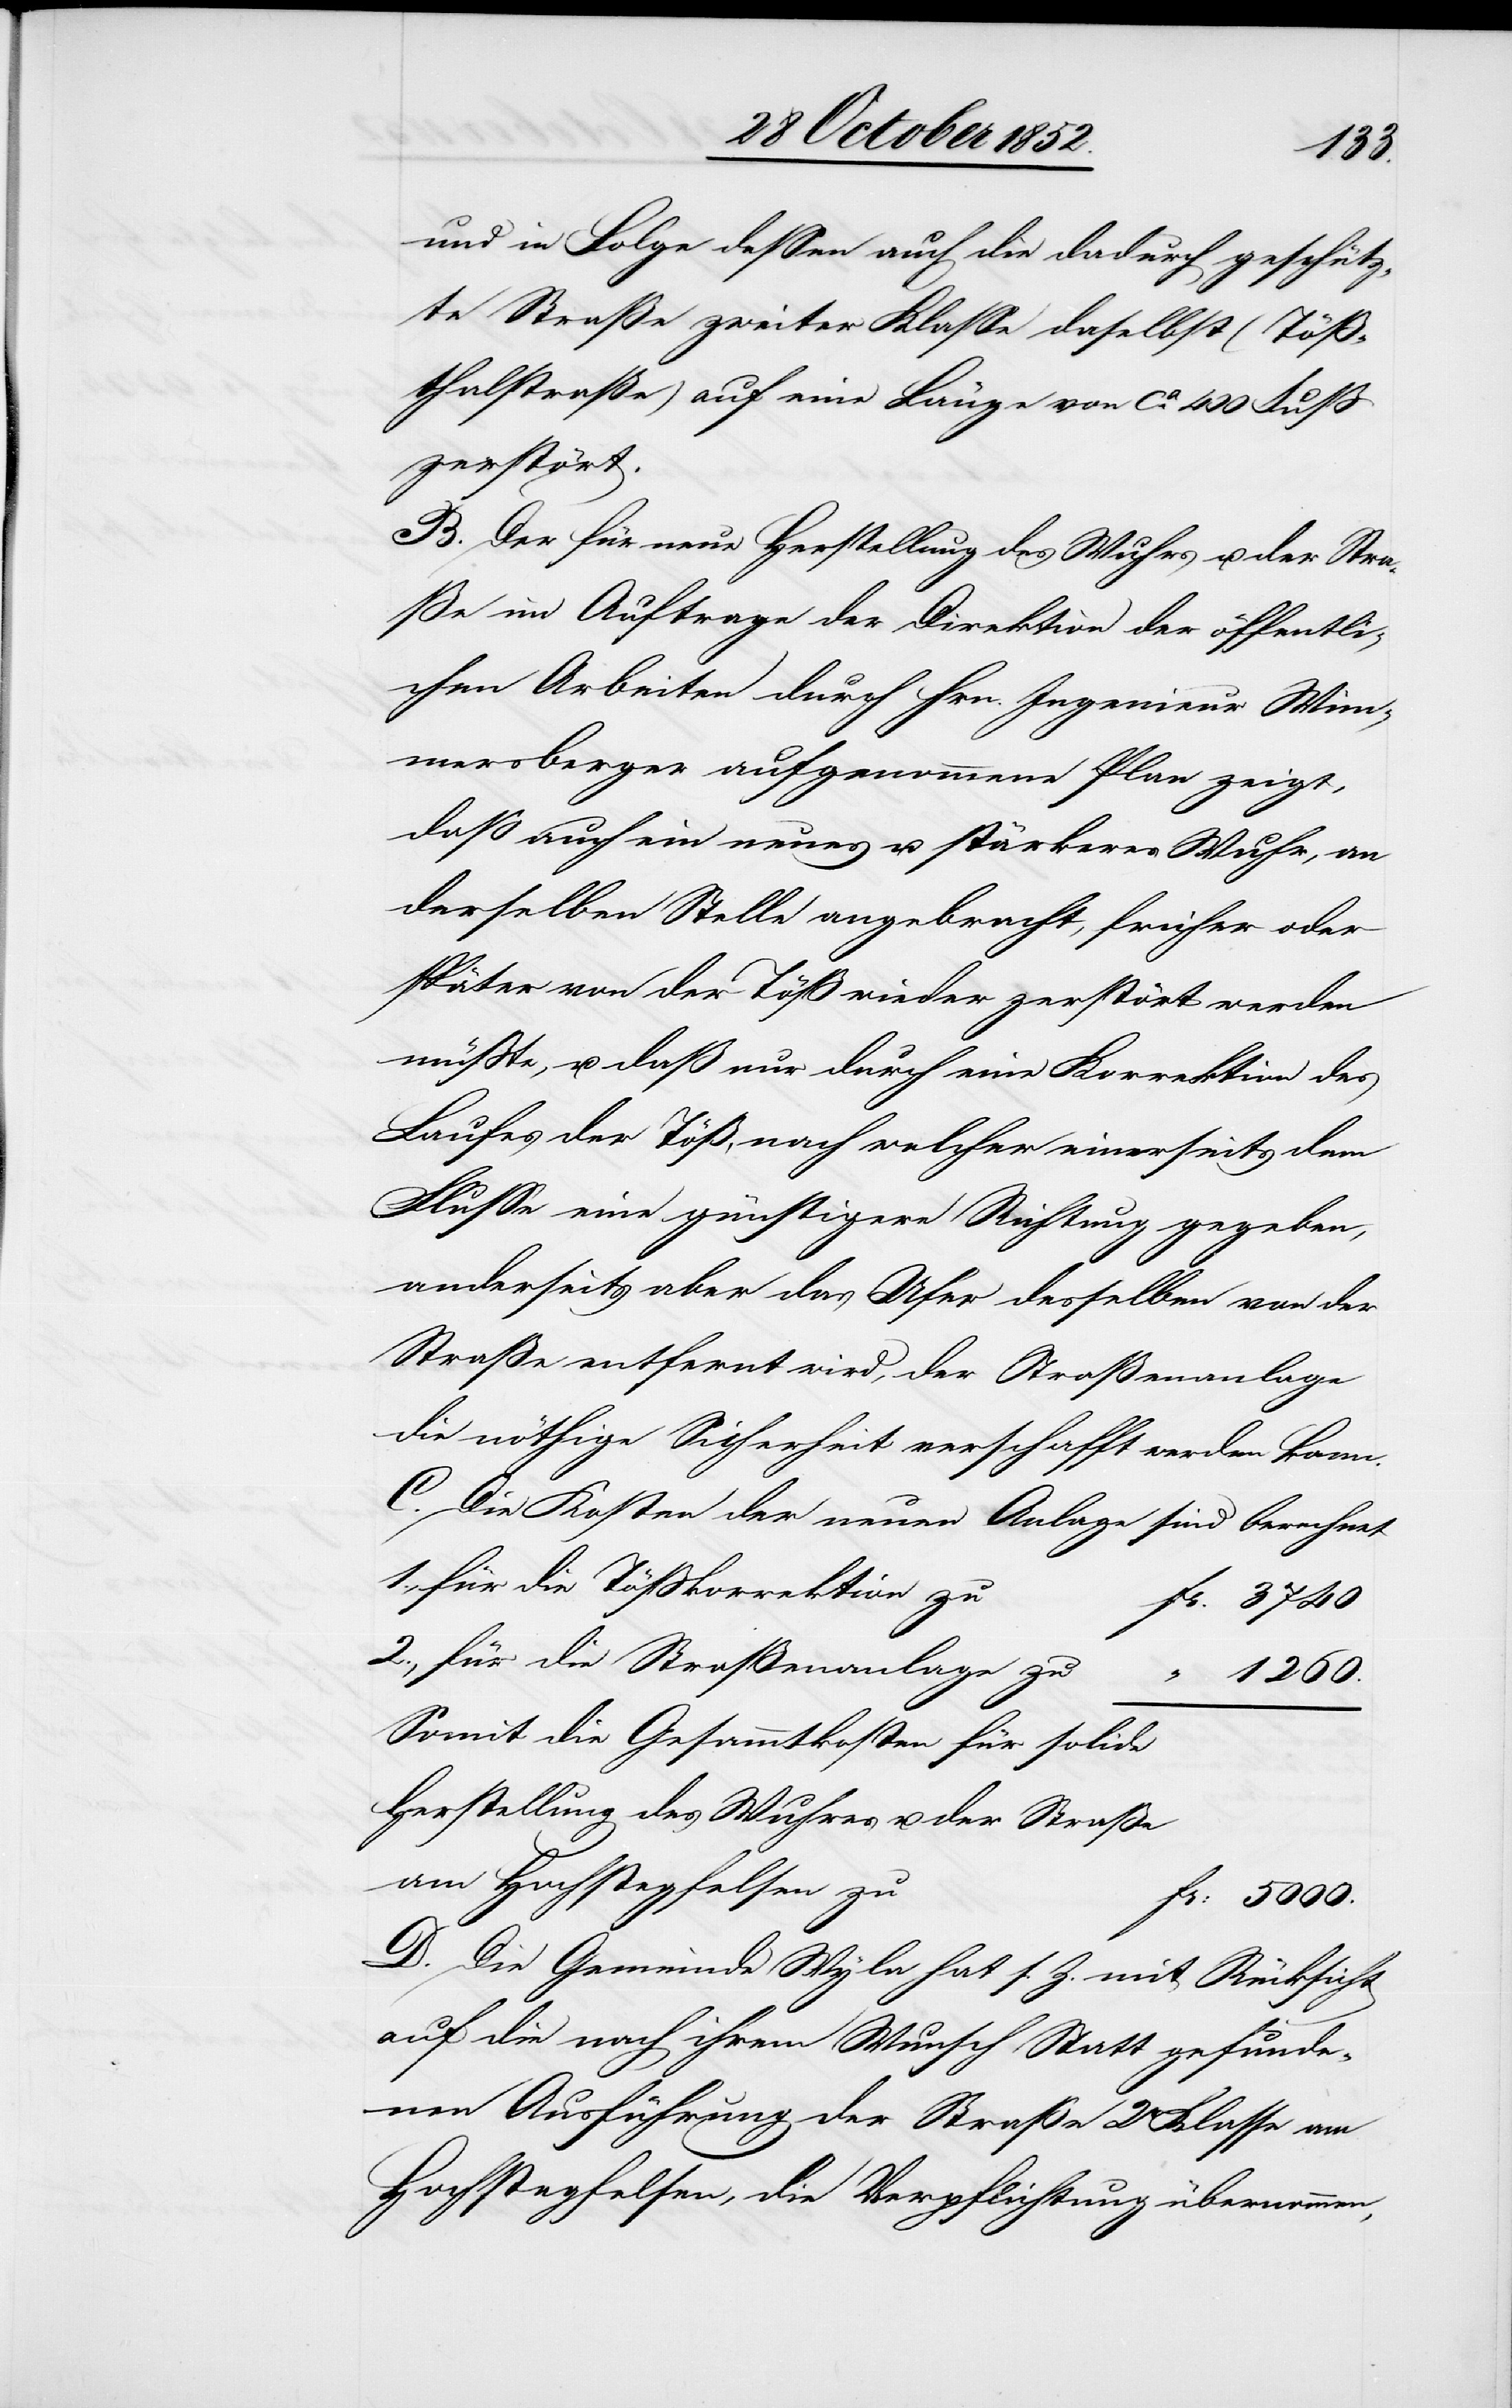
und in Folge dessen auch die dadurch geschütz¬
te Straße zweiter Klasse daselbst (Töß¬
thalstraße) auf eine[r] Länge von ca. 400 Fuß
zerstört.
B. Der für neue Herstellung des Wuhrs u. der Stra¬
ße im Auftrage der Direktion der öffentli¬
chen Arbeiten durch Hrn. Ingenieur Wim¬
mersberger aufgenommene Plan zeigt,
daß auch ein neues u. stärkeres Wuhr, an
derselben Stelle angebracht, früher oder
später von der Töß wieder zerstört werden
müßte, u. daß nur durch eine Korrektion des
Laufes der Töß, nach welcher einerseits dem
Flusse eine günstigere Richtung gegeben,
anderseits aber das Ufer desselben von der
Straße entfernt wird, der Straßenanlage
die nöthige Sicherheit verschafft werden kann.
C. Die Kosten der neuen Anlage sind berechnet
für die Tößkorrektion zu
Fr. 3740
für die Straßenanlage zu
“ 1260.
Somit die Gesammtkosten für solide
Herstellung des Wuhres u. der Straße
am Hochstegfelsen zu
Fr: 5000.
D. Die Gemeinde Wyla hat s. Z. mit Rücksicht
auf die nach ihrem Wunsch Statt gefunde¬
nen Ausführung der Straße 2r Klasse am
Hochstegfelsen, die Verpflichtung übernommen,